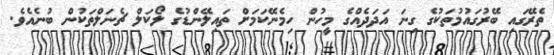
ތެރޭގައި ބޭރުގައުމުތަކުގެ ގިނަ އަދަދެއްގެ މީހުން ހިމެނޭކަމަށް ތައިލޭންޑުގެ ލޯކަލް ޗެނަލްތަކުން ބުނެއެވެ.